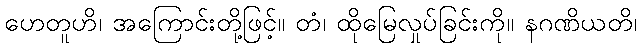
ဟေတူဟိ၊ အကြောင်းတို့ဖြင့်။ တံ၊ ထိုမြေလှုပ်ခြင်းကို။ နဂဏိယတိ၊